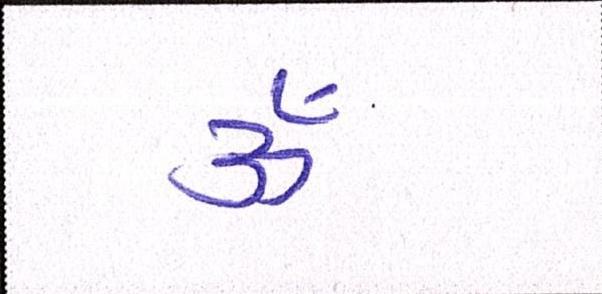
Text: ૐ